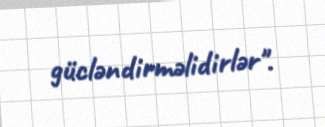
gücləndirməlidirlər".